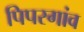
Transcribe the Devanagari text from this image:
पिपरगांव